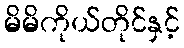
မိမိကိုယ်တိုင်နှင့်